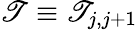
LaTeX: \mathscr{T}\equiv\mathscr{T}_{j,j+1}